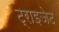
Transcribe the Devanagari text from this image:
ट्राइजेट